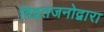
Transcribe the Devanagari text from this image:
विद्वतजनोद्वारा